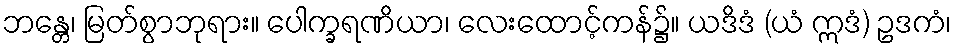
ဘန္တေ၊ မြတ်စွာဘုရား။ ပေါက္ခရဏိယာ၊ လေးထောင့်ကန်၌။ ယဒိဒံ (ယံ ဣဒံ) ဥဒကံ၊